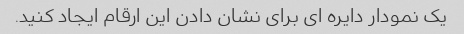
یک نمودار دایره ای برای نشان دادن این ارقام ایجاد کنید.